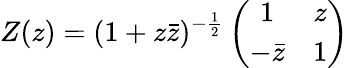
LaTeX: Z(z)=(1+z\bar{z})^{-\frac{1}{2}}\left(\begin{array}{cc}{{1}}&{{z}}\\ {{-\bar{z}}}&{{1}}\end{array}\right)